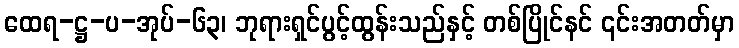
ထေရ-ဋ္ဌ-ပ-အုပ်-၆၃၊ ဘုရားရှင်ပွင့်ထွန်းသည်နှင့် တစ်ပြိုင်နင် ၎င်းအတတ်မှာ